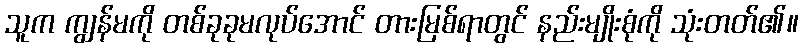
သူက ကျွန်မကို တစ်ခုခုမလုပ်အောင် တားမြစ်ရာတွင် နည်းမျိုးစုံကို သုံးတတ်၏။